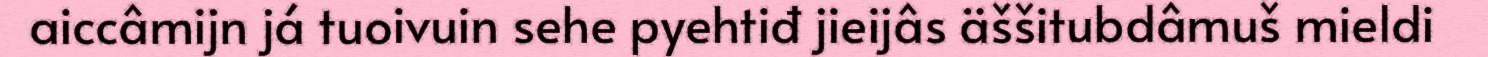
aiccâmijn já tuoivuin sehe pyehtiđ jieijâs äššitubdâmuš mieldi